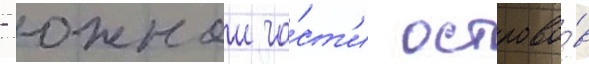
- южнои ча́ст'и острово́в